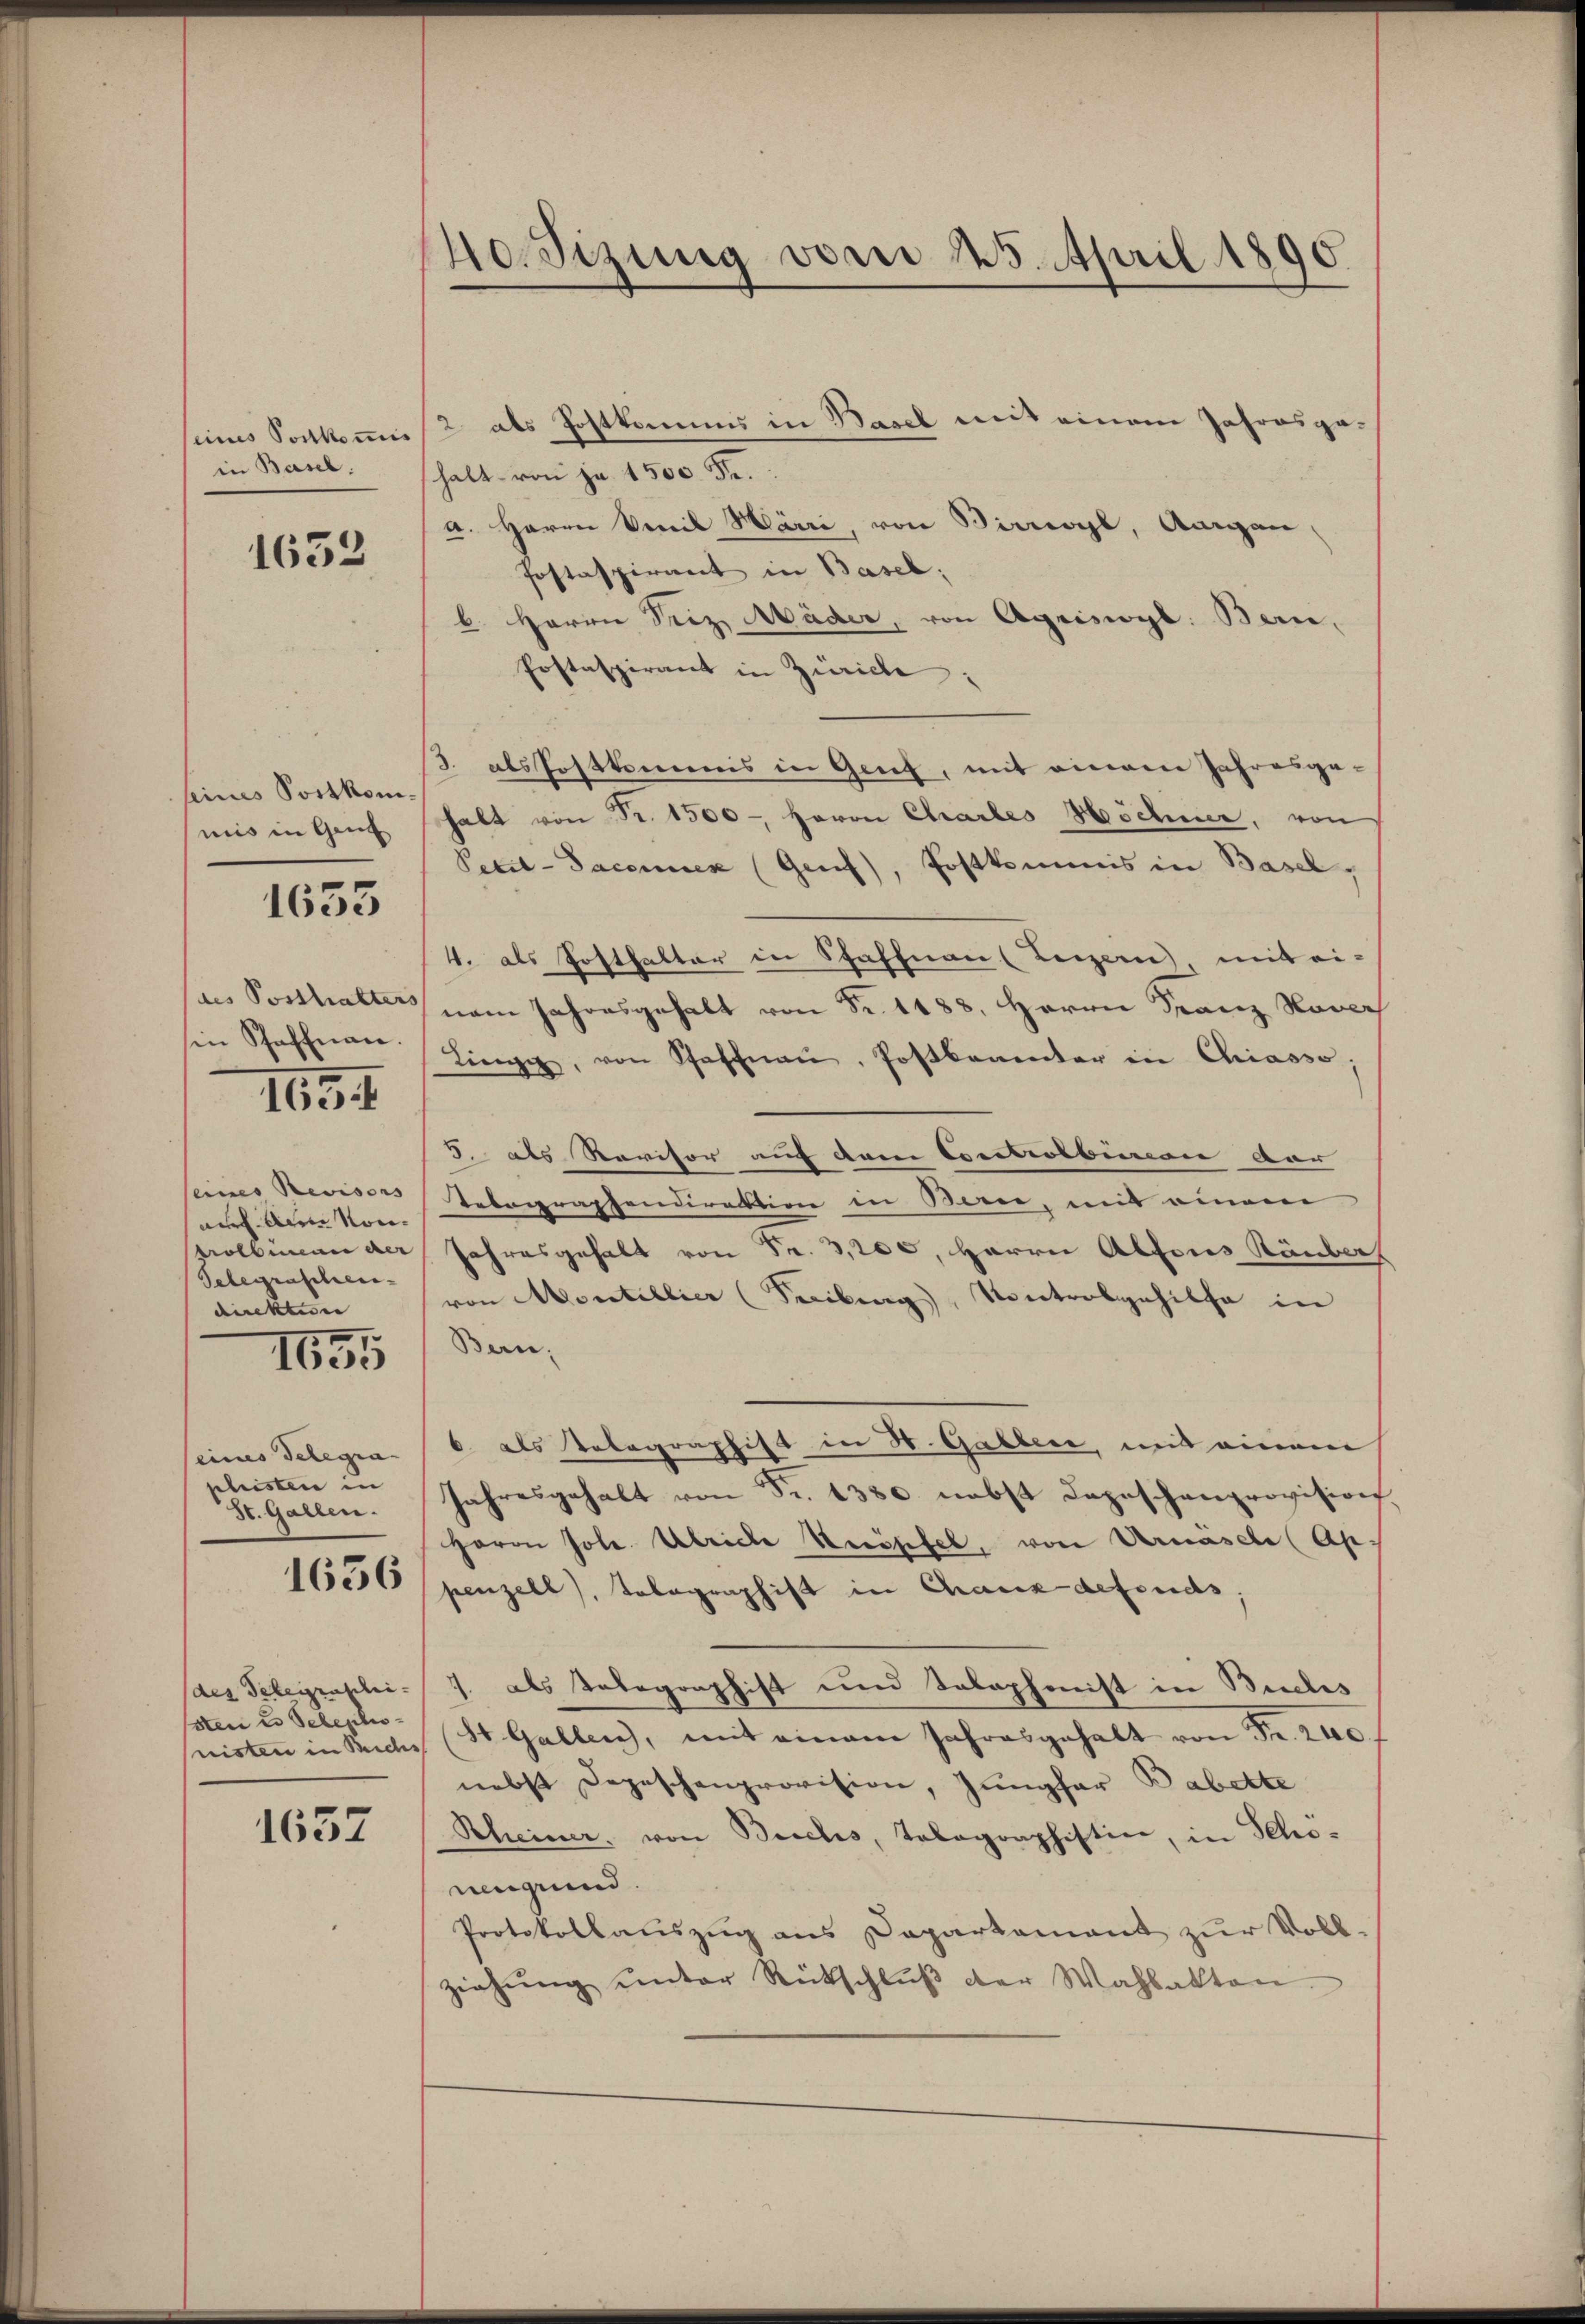
eines Portkommis
in Basel.

1653

seines Postkommis in Gen

1653

in Schaffnan.

I65. 1

eines Revisors |
au in Kontrolbureau der
Telegraschei- |
dickten

1655

eines Delegia
phristen in
St. Gallen.

1656

(des Gelegenschei-
sten u. Telepho

1637

Ho Sizung vom 25. April 1890.

)
halt von je 1500 Fr.
a. Herrn Emil Härri, von Birrwyl, Aargau,
Postaspirant in Basel;
b. Herrn Seiz Mäder, von Agrisogl. Bern,
Postaspirant in Zürich:
3. als Postkommis in Genf, mit einem Jahresge-
halt von Fr. 1500 - Herrn Chartes Höchner, von
Petit-Saconuen (Genf), Postkommis in Basel,
4. als Posthalter in Schaffnau (Luzern mit ei-
ie Posthalter vom Jahresgehalt von Fr. 1188. Herrn Franz Norich
Liege, von Schaffnaṅ, Postbeamter in Chiasso,
5. als Revisor auf dene Exectrolburen dar
Tetographendirektion in Bern, mit einem
Jahresgehalt von Fr. 3,200, Herrn Alfons Räuber
von Montillier (Freiburg, Kontrolgehilfe in
Ben-
6 als Telegraphist in St. Gallen, mit einem
Jahresgehalt von Fr. 1380 nebst Depeschenprovision
Herrn Jole. Ulriche Keröpfel, von Urnäsel (Ap.
penzell), Tolographist in Chaux defends,
1. als Telegraphist und Solophonist in Buches
nisten in Buchs (St. Gallen, mit einem Jahresgehalt von Fr. 240.
nebst Depeschenprovision, Jungfer Babette
Scheiner, von Besches, Telegraphistin, in Schoneugrund.
Protokollauszug aus Departement zur Voll-
ziehŭng ŭnter Rückschlŭβ der Wahlakten.

2 als Postkommis in Basel mit einem Jahresge¬